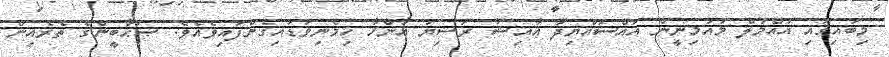
މިބައިގައި އުއްމުލް މުއުމިނީން އައްސައްޔިދާ ޢާއިޝާ ރަޟިޔަ ޢަންހާ ހިމެނިވަޑައިގެންފައިވެއެވެ. ޞަޙާބީންގެ ތެރެއިން